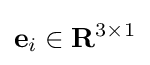
\mathbf {e} _{i}\in \mathbf {R} ^{3\times 1}